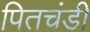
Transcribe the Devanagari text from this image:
पितचंडी